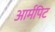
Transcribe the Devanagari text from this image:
आर्मपिट